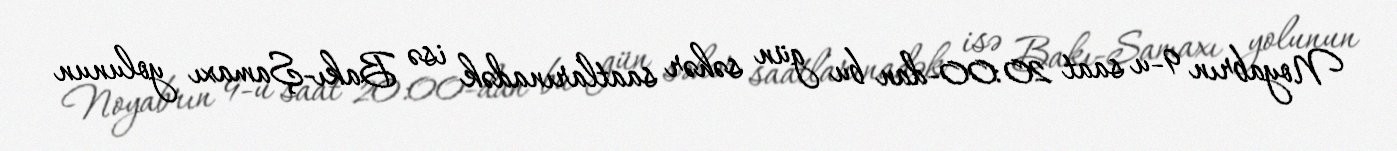
Noyabrın 9-u saat 20:00-dan bu gün səhər saatlarınadək isə Bakı-Şamaxı yolunun